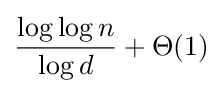
{\frac {\log \log n}{\log d}}+\Theta (1)